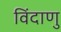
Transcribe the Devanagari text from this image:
विंदाणु